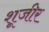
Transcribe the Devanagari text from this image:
शूजीर